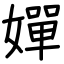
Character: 嬋